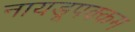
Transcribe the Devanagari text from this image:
नायडूपक्कम